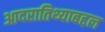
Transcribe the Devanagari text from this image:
आदरातिथ्याबद्दल